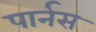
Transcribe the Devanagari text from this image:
पार्नस